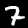
Label: 7